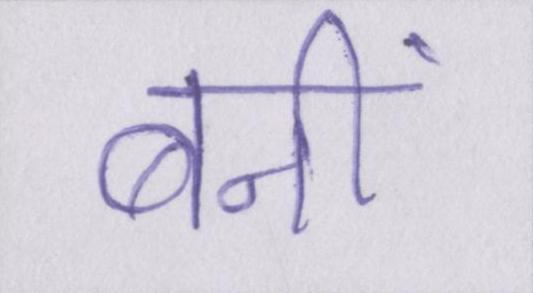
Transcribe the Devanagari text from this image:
बनीं